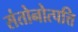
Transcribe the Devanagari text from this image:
संतोनोत्पत्ति